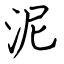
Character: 泥